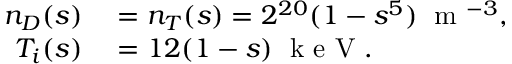
\begin{array} { r l } { n _ { D } ( s ) } & { { } = n _ { T } ( s ) = 2 ^ { 2 0 } ( 1 - s ^ { 5 } ) \; \mathrm { ~ m ~ } ^ { - 3 } , } \\ { T _ { i } ( s ) } & { { } = 1 2 ( 1 - s ) \; \mathrm { ~ k ~ e ~ V ~ } . } \end{array}